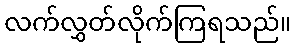
လက်လွှတ်လိုက်ကြရသည်။